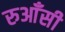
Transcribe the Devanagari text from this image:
रुआँसी